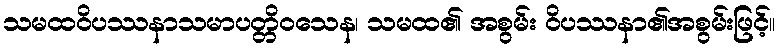
သမထဝိပဿနာသမာပတ္တိဝသေန၊ သမထ၏ အစွမ်း ဝိပဿနာ၏အစွမ်းဖြင့်။